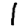
Digit: 1